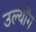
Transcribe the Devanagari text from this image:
उल्योंग